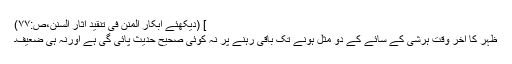
] (دیکھئے ابکار المِنَن فی تنقید اٰثار السنن،ص:۷۷)
ظہر کا آخر وقت ہرشیٔ کے سائے کے دو مثل ہونے تک باقی رہنے پر نہ کوئی صحیح حدیث پائی گی ہے اورنہ ہی ضعیف۔